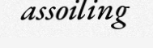
assoiling